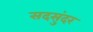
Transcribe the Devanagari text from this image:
सदसुंदर